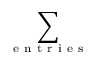
\displaystyle { \sum _ { \mathrm { ~ e ~ n ~ t ~ r ~ i ~ e ~ s ~ } } }